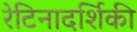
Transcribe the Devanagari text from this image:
रेटिनादर्शिकी